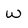
Character: w